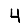
Digit: 4